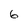
Character: 6